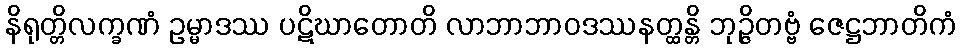
နိရုတ္တိလက္ခဏံ ဥမ္မာဒဿ ပဋိဃာတောတိ လာဘာဘာဝဒဿနတ္ထန္တိ ဘုဉ္ဇိတဗ္ဗံ ဇေဋ္ဌဘာတိကံ